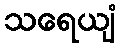
သရေယျံ